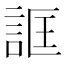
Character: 誆